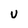
Character: U